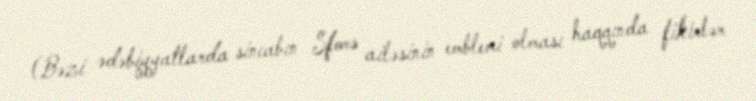
(Bəzi ədəbiyyatlarda sincabın Sfors ailəsinin emblemi olması haqqında fikirlər